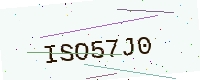
Text: ISO57J0